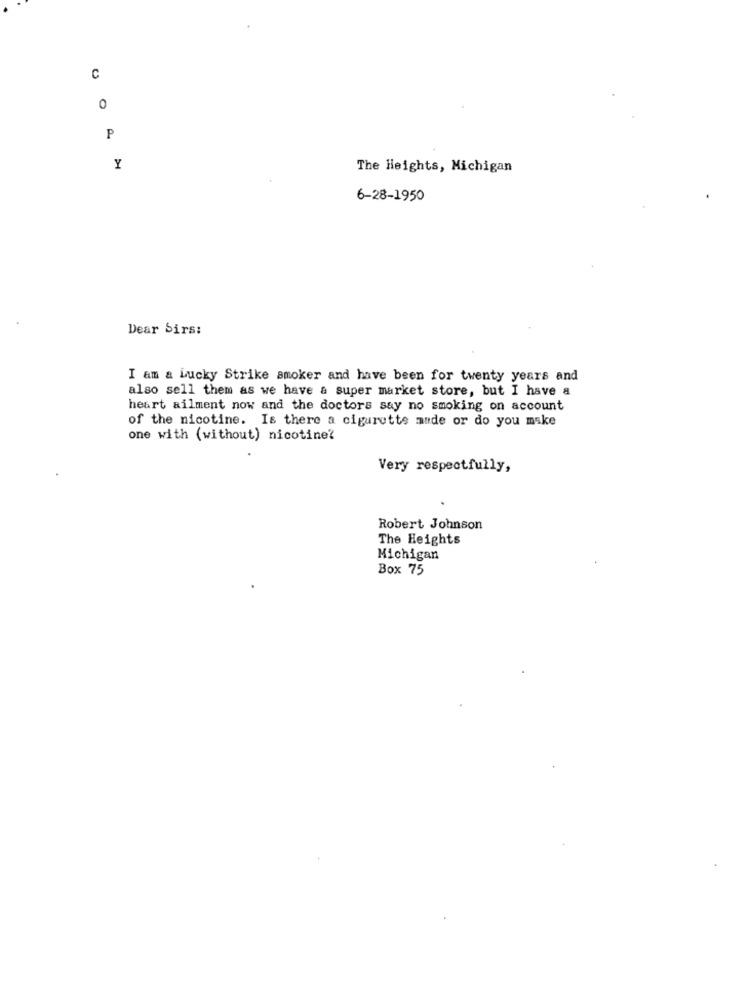
C
0
P
Y
The Heights, Michigan
6-28-1950
Dear Sirs:
I am a Lucky Strike smoker and have been for twenty years and
also sell them as we have a super market store, but I have a
heart ailment now and the doctors say no smoking on account
of the nicotine. Is there a cigarette made or do you make
one with (without) nicotine?
Very respectfully,
Robert Johnson
The Heights
Michigan
Box 75